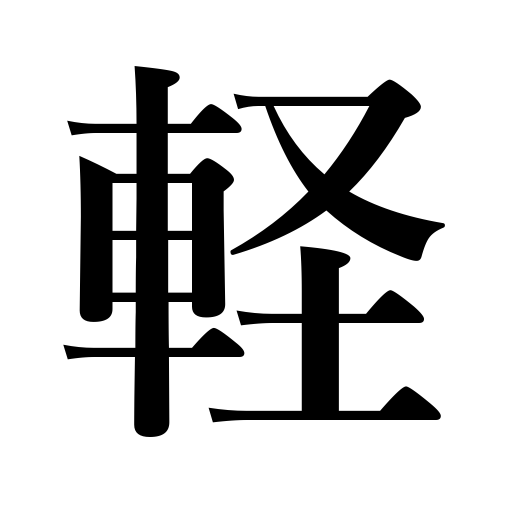
Meanings: plain or light meal,light,trifling,unimportant,undignified,easy,simple